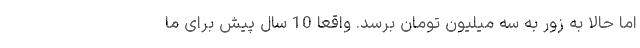
اما حالا به زور به سه میلیون تومان برسد. واقعا 10 سال پیش برای ما